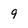
Character: 9